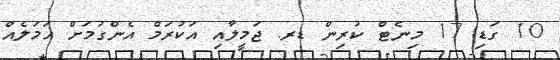
10 ގަޑި 17 މިނެޓް ކުރިން ޑރ. ޖަމީލާއި އަކުރަމް އެންގުމަށް އަމަލެއް